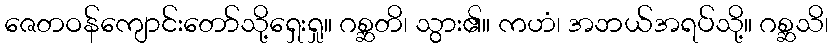
ဇေတဝန်ကျောင်းတော်သို့ရှေးရှု။ ဂစ္ဆတိ၊ သွား၏။ ကဟံ၊ အဘယ်အရပ်သို့။ ဂစ္ဆသိ၊